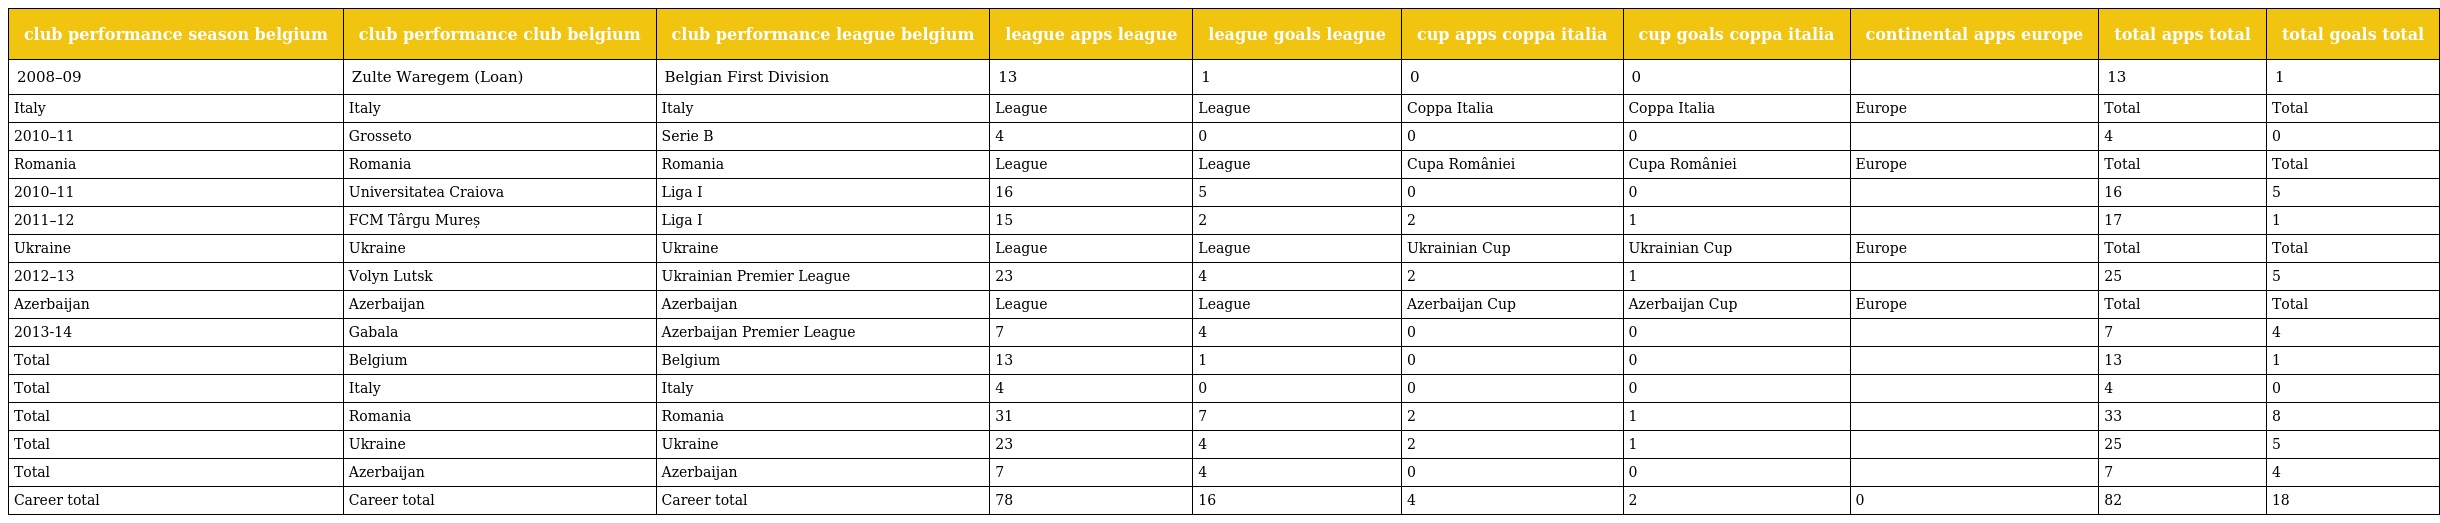
| club performance season belgium | club performance club belgium | club performance league belgium | league apps league | league goals league | cup apps coppa italia | cup goals coppa italia | continental apps europe | total apps total | total goals total |
 | --- | --- | --- | --- | --- | --- | --- | --- | --- | --- |
 | 2008–09 | Zulte Waregem (Loan) | Belgian First Division | 13 | 1 | 0 | 0 |  | 13 | 1 |
 | Italy | Italy | Italy | League | League | Coppa Italia | Coppa Italia | Europe | Total | Total |
 | 2010–11 | Grosseto | Serie B | 4 | 0 | 0 | 0 |  | 4 | 0 |
 | Romania | Romania | Romania | League | League | Cupa României | Cupa României | Europe | Total | Total |
 | 2010–11 | Universitatea Craiova | Liga I | 16 | 5 | 0 | 0 |  | 16 | 5 |
 | 2011–12 | FCM Târgu Mureș | Liga I | 15 | 2 | 2 | 1 |  | 17 | 1 |
 | Ukraine | Ukraine | Ukraine | League | League | Ukrainian Cup | Ukrainian Cup | Europe | Total | Total |
 | 2012–13 | Volyn Lutsk | Ukrainian Premier League | 23 | 4 | 2 | 1 |  | 25 | 5 |
 | Azerbaijan | Azerbaijan | Azerbaijan | League | League | Azerbaijan Cup | Azerbaijan Cup | Europe | Total | Total |
 | 2013-14 | Gabala | Azerbaijan Premier League | 7 | 4 | 0 | 0 |  | 7 | 4 |
 | Total | Belgium | Belgium | 13 | 1 | 0 | 0 |  | 13 | 1 |
 | Total | Italy | Italy | 4 | 0 | 0 | 0 |  | 4 | 0 |
 | Total | Romania | Romania | 31 | 7 | 2 | 1 |  | 33 | 8 |
 | Total | Ukraine | Ukraine | 23 | 4 | 2 | 1 |  | 25 | 5 |
 | Total | Azerbaijan | Azerbaijan | 7 | 4 | 0 | 0 |  | 7 | 4 |
 | Career total | Career total | Career total | 78 | 16 | 4 | 2 | 0 | 82 | 18 |